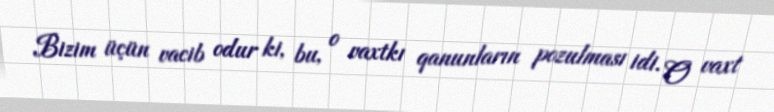
Bizim üçün vacib odur ki, bu, o vaxtkı qanunların pozulması idi. O vaxt